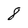
Character: 8